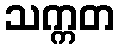
သက္ကတ